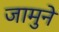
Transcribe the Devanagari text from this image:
जामुने